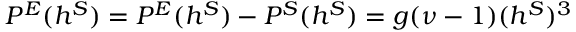
{ \cal P } ^ { E } ( h ^ { S } ) = { \cal P } ^ { E } ( h ^ { S } ) - { \cal P } ^ { S } ( h ^ { S } ) = g ( \nu - 1 ) ( h ^ { S } ) ^ { 3 }